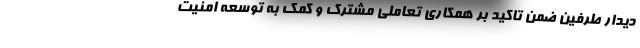
دیدار طرفین ضمن تاکید بر همکاری تعاملی مشترک و کمک به توسعه امنیت